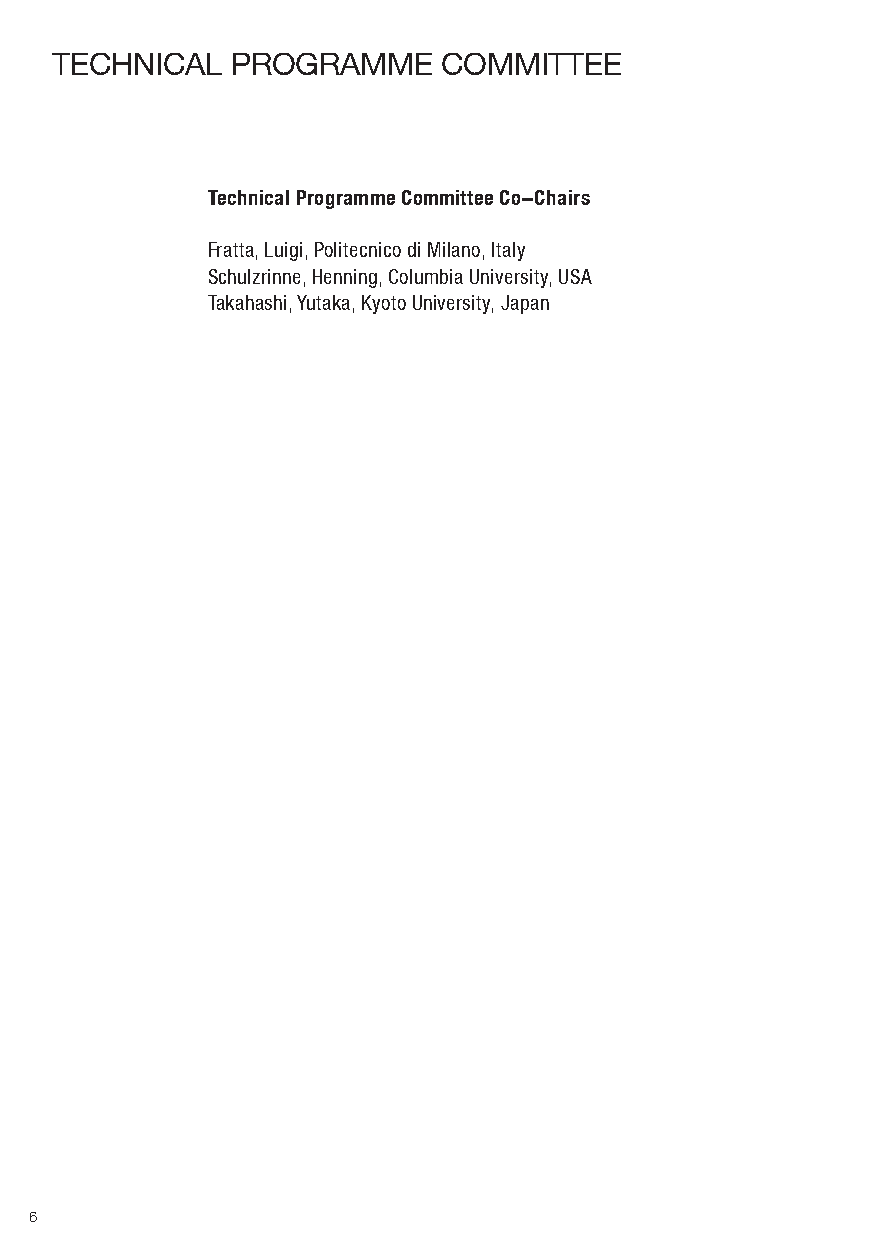
teCHNICAl   ProGrAMMe     CoMMIttee
 Technical Programme Committee Co-Chairs
 Fratta, Luigi, Politecnico di Milano, Italy
 Schulzrinne, Henning, Columbia University, USA
 Takahashi, Yutaka, Kyoto University, Japan
 